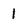
Character: 1